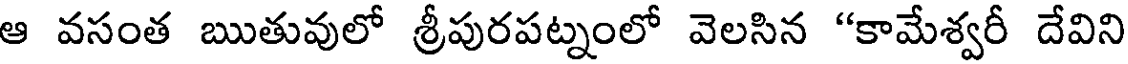
ఆ వసంత ఋతువులో శ్రీపురపట్నంలో వెలసిన "కామేశ్వరీ దేవిని